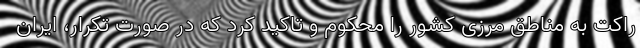
راکت به مناطق مرزی کشور را محکوم و تاکید کرد که در صورت تکرار، ایران